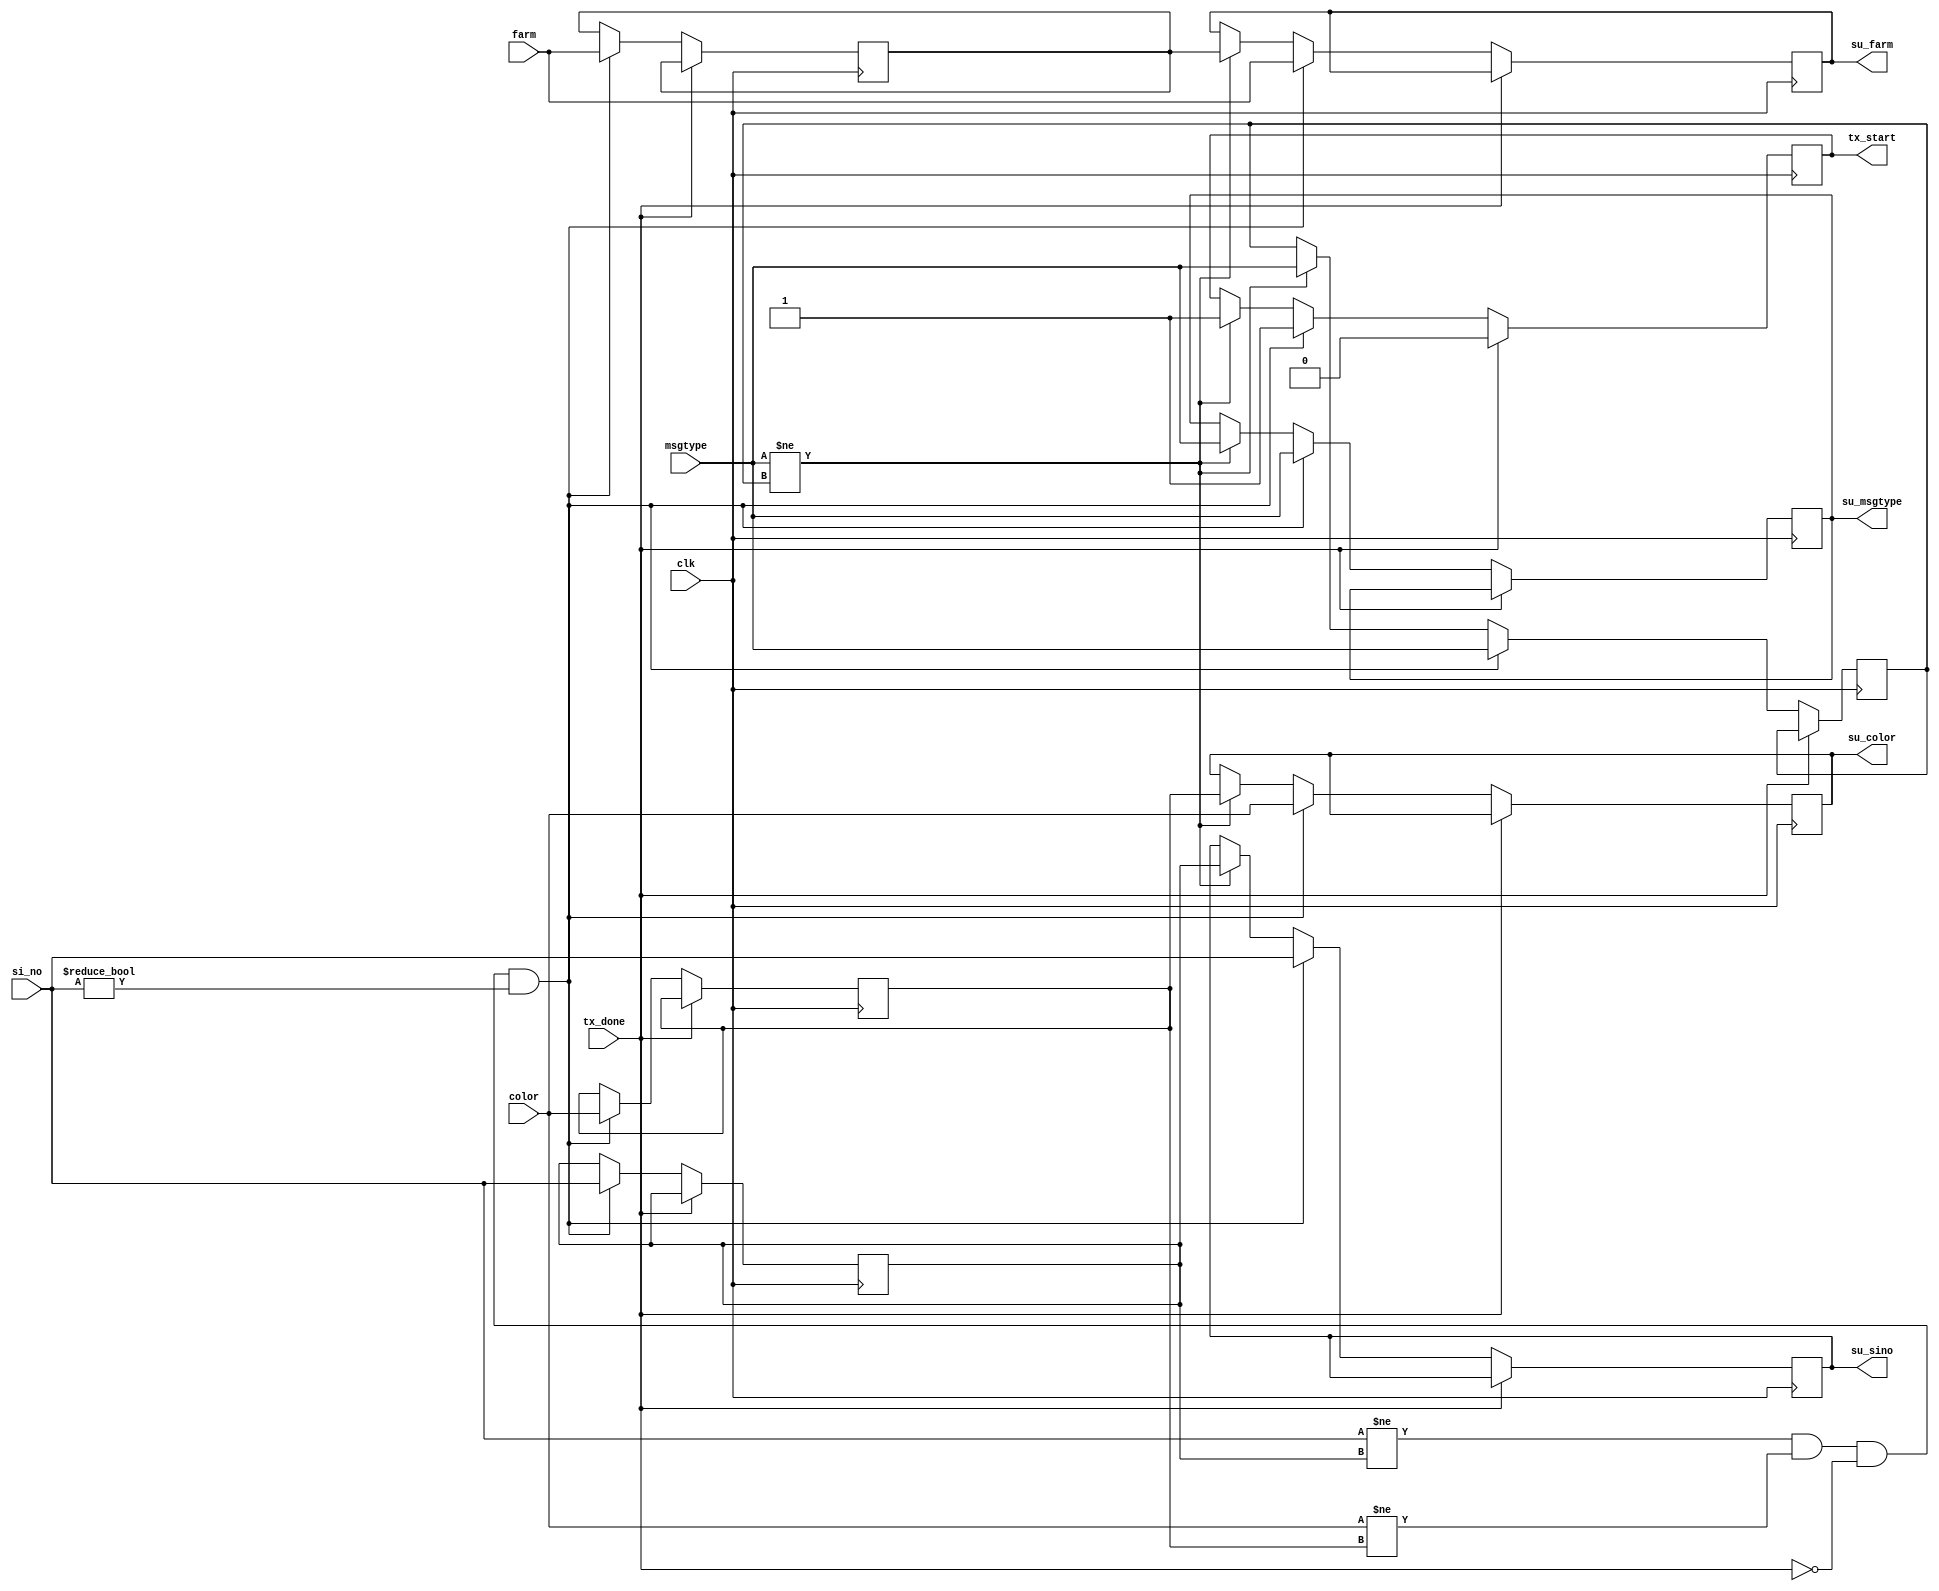
/* Module SM_1118_Status_Update

This Module is responsible to update the Status Identification
for each successful detection by the bot.
This Node will also control the UART, So that it is will transmit
the messages only once.

Status Update Design
Input  : clk     - 50Mhz Clock
         tx_done - Status of message Transmission
         si_no   - 2-bit Status Number
         color   - 2-bit Color Value
Output : tx_start - Enable message Transmission
*/

// Module Declaration
module SM_1118_Status_Update(
    input clk,
    input [1:0] color, si_no, farm, msgtype,
    input tx_done,
    output reg tx_start,
    output reg [1:0] su_color, su_sino, su_farm, su_msgtype
);

// Variable Declaration
reg [1:0] local_si = 0, local_color = 0;
reg [1:0] local_farm = 0, local_msgtype = 1;

always @(posedge clk) begin
    // If message Transmission is completed, then make tx_start to 0
    if (tx_done == 1) begin
        tx_start = 0;
    end
    else begin
        // If the Msg Type is changed from previous Messages
		if(msgtype!=local_msgtype) begin
            su_color = local_color; su_sino = local_si; su_farm = local_farm;
			su_msgtype = msgtype; local_msgtype = msgtype; tx_start = 1;
		end
        // Make sure same message doesn't not transmitted multiple times
        if(si_no != local_si && color != local_color && tx_done == 0 && si_no != 0) begin
            tx_start = 1; local_farm = farm; local_msgtype = msgtype;
            local_si = si_no; local_color = color; su_msgtype = msgtype;
            su_color = color; su_sino = si_no; su_farm = farm;
        end
    end
end

endmodule